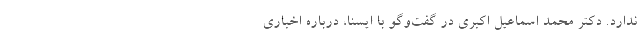
ندارد. دکتر محمد اسماعیل اکبری در گفت‌وگو با ایسنا، درباره اخباری